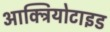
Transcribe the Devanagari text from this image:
आक्ट्रियोटाइड